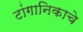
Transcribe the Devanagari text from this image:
टांगानिकाचे